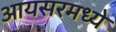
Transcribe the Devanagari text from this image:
आयसरमध्ये